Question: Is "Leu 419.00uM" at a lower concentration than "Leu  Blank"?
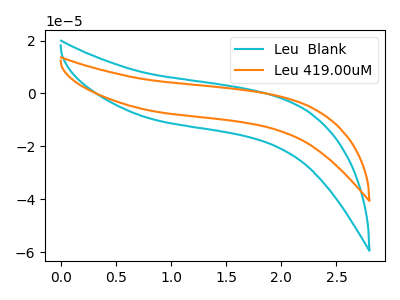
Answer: <think>The cyan curve "Leu  Blank" has no peaks. The orange curve "Leu 419.00uM" has no peaks.
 Neither "Leu  Blank" or "Leu 419.00uM" have any peaks.</think>
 <answer>I cant tell if "Leu  Blank" or "Leu 419.00uM" has higher concentration.</answer>
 <eval>mixed_concentration</eval>